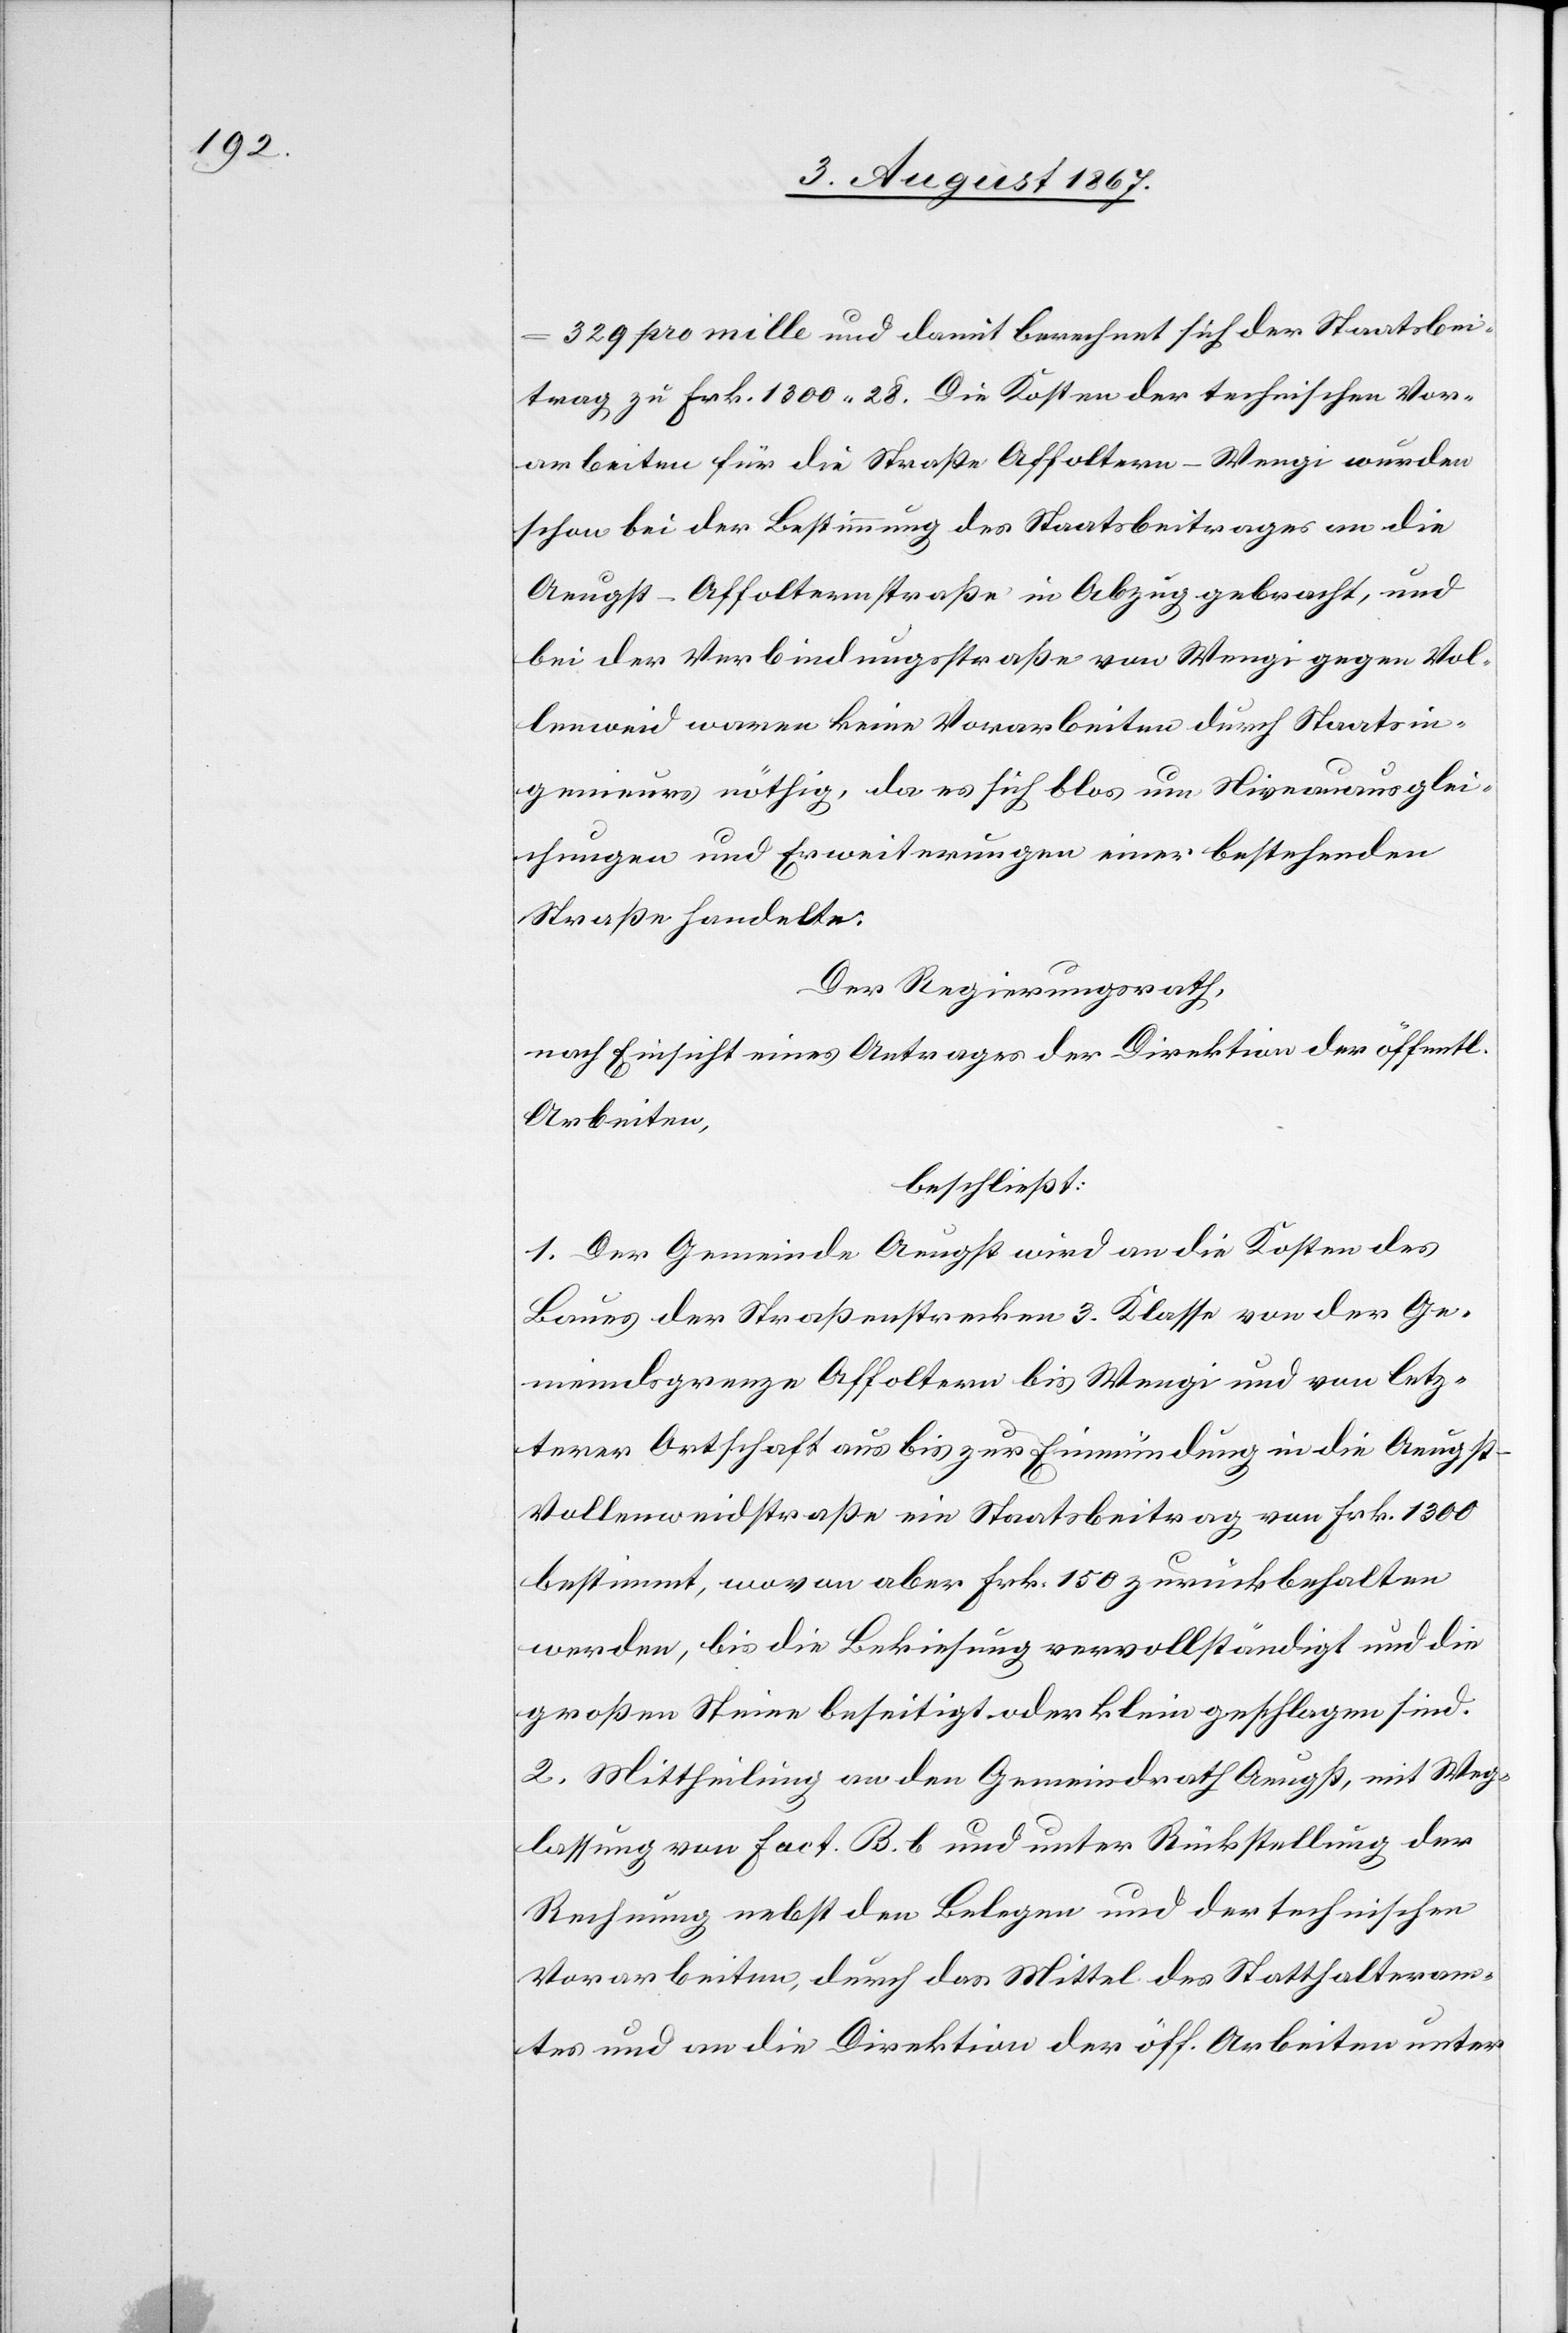
329 pro mille und damit berechnet sich der Staatsbei¬
trag zu Frk. 1300.28. Die Kosten der technischen Vor¬
arbeiten für die Straße Affoltern–Wengi wurden
schon bei der Bestimmung des Staatsbeitrages an die
Aeugst–Affolternstraße in Abzug gebracht, und
bei der Verbindungsstraße von Wengi gegen Vol¬
lenweid waren keine Vorarbeiten durch Staatsin¬
genieure nöthig, da es sich blos um Nieveauausglei¬
chungen und Erweiterungen einer bestehenden
Straße handelte.
Der Regierungsrath,
nach Einsicht eines Antrages der Direktion der öff.
Arbeiten;
beschließt:
1. Der Gemeinde Aeugst wird an die Kosten des
Baues der Straßenstrecken 3. Klasse von der Ge¬
meindsgrenze Affoltern bis Wengi und von letz¬
terer Ortschaft aus bis zur Einmündung in die Aeugs¬
t–Vollenweidstraße ein Staatsbeitrag von Frk. 1300
bestimmt, wovon aber Frk. 150 zurückbehalten
werden, bis die Bekiesung vervollständigt und die
großen Steine beseitigt oder klein geschlagen sind.
2. Mittheilung an den Gemeindrath Aeugst, mit Weg¬
lassung von fact. B. b. und unter Rückstellung der
Rechnung nebst den Belegen und der technischen
Vorarbeiten, durch das Mittel des Statthalteram¬
tes und an die Direktion der öff. Arbeiten unter